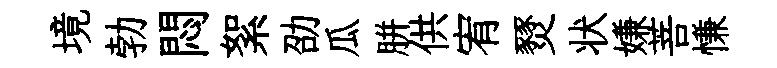
境勃悶絮劭瓜胼供宥燹状嫌菩慊